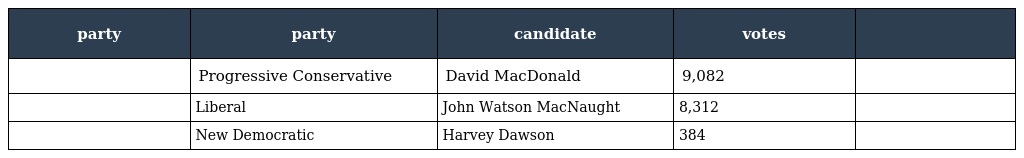
| party | party | candidate | votes |  |
 | --- | --- | --- | --- | --- |
 |  | Progressive Conservative | David MacDonald | 9,082 |  |
 |  | Liberal | John Watson MacNaught | 8,312 |  |
 |  | New Democratic | Harvey Dawson | 384 |  |